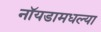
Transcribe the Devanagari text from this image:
नॉयडामधल्या